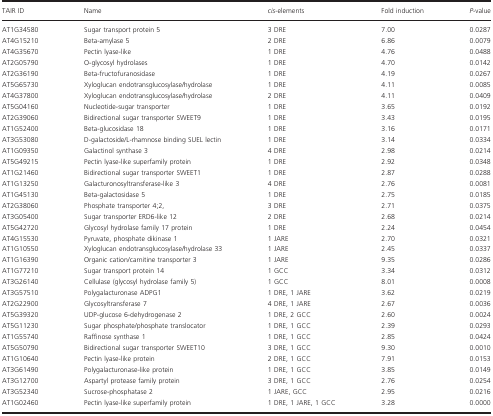
<table><thead><tr><td><b>TAIR ID</b></td><td><b>Name</b></td><td><b><i>cis</i>‐elements</b></td><td><b>Fold induction</b></td><td><b><i>P</i>‐value</b></td></tr></thead><tbody><tr><td>AT1G34580</td><td>Sugar transport protein 5</td><td>3 DRE</td><td>7.00</td><td>0.0287</td></tr><tr><td>AT4G15210</td><td>Beta‐amylase 5 </td><td>2 DRE</td><td>6.86</td><td>0.0079</td></tr><tr><td>AT4G35670</td><td>Pectin lyase‐like</td><td>1 DRE</td><td>4.76</td><td>0.0488</td></tr><tr><td>AT2G05790</td><td>O‐glycosyl hydrolases </td><td>1 DRE</td><td>4.70</td><td>0.0142</td></tr><tr><td>AT2G36190</td><td>Beta‐fructofuranosidase</td><td>1 DRE</td><td>4.19</td><td>0.0267</td></tr><tr><td>AT5G65730</td><td>Xyloglucan endotransglucosylase/hydrolase </td><td>1 DRE</td><td>4.11</td><td>0.0085</td></tr><tr><td>AT4G37800</td><td>Xyloglucan endotransglucosylase/hydrolase </td><td>2 DRE</td><td>4.11</td><td>0.0409</td></tr><tr><td>AT5G04160</td><td>Nucleotide‐sugar transporter</td><td>1 DRE</td><td>3.65</td><td>0.0192</td></tr><tr><td>AT2G39060</td><td>Bidirectional sugar transporter SWEET9</td><td>1 DRE</td><td>3.43</td><td>0.0195</td></tr><tr><td>AT1G52400</td><td>Beta‐glucosidase 18 </td><td>1 DRE</td><td>3.16</td><td>0.0171</td></tr><tr><td>AT3G53080</td><td>D‐galactoside/L‐rhamnose binding SUEL lectin</td><td>1 DRE</td><td>3.14</td><td>0.0334</td></tr><tr><td>AT1G09350</td><td>Galactinol synthase 3 </td><td>4 DRE</td><td>2.98</td><td>0.0214</td></tr><tr><td>AT5G49215</td><td>Pectin lyase‐like superfamily protein </td><td>1 DRE</td><td>2.92</td><td>0.0348</td></tr><tr><td>AT1G21460</td><td>Bidirectional sugar transporter SWEET1 </td><td>1 DRE</td><td>2.87</td><td>0.0288</td></tr><tr><td>AT1G13250</td><td>Galacturonosyltransferase‐like 3 </td><td>4 DRE</td><td>2.76</td><td>0.0081</td></tr><tr><td>AT1G45130</td><td>Beta‐galactosidase 5 </td><td>1 DRE</td><td>2.75</td><td>0.0185</td></tr><tr><td>AT2G38060</td><td>Phosphate transporter 4;2,</td><td>3 DRE</td><td>2.71</td><td>0.0375</td></tr><tr><td>AT3G05400</td><td>Sugar transporter ERD6‐like 12 </td><td>2 DRE</td><td>2.68</td><td>0.0214</td></tr><tr><td>AT5G42720</td><td>Glycosyl hydrolase family 17 protein</td><td>1 DRE</td><td>2.24</td><td>0.0454</td></tr><tr><td>AT4G15530</td><td>Pyruvate, phosphate dikinase 1 </td><td>1 JARE</td><td>2.70</td><td>0.0321</td></tr><tr><td>AT1G10550</td><td>Xyloglucan endotransglucosylase/hydrolase 33</td><td>1 JARE</td><td>2.45</td><td>0.0337</td></tr><tr><td>AT1G16390</td><td>Organic cation/carnitine transporter 3 </td><td>1 JARE</td><td>9.35</td><td>0.0286</td></tr><tr><td>AT1G77210</td><td>Sugar transport protein 14 </td><td>1 GCC</td><td>3.34</td><td>0.0312</td></tr><tr><td>AT3G26140</td><td>Cellulase (glycosyl hydrolase family 5) </td><td>1 GCC</td><td>8.01</td><td>0.0008</td></tr><tr><td>AT3G57510</td><td>Polygalacturonase ADPG1 </td><td>1 DRE, 1 JARE</td><td>3.62</td><td>0.0219</td></tr><tr><td>AT2G22900</td><td>Glycosyltransferase 7</td><td>4 DRE, 1 JARE</td><td>2.67</td><td>0.0036</td></tr><tr><td>AT5G39320</td><td>UDP‐glucose 6‐dehydrogenase 2 </td><td>1 DRE, 2 GCC</td><td>2.60</td><td>0.0024</td></tr><tr><td>AT5G11230</td><td>Sugar phosphate/phosphate translocator</td><td>1 DRE, 1 GCC</td><td>2.39</td><td>0.0293</td></tr><tr><td>AT1G55740</td><td>Raffinose synthase 1</td><td>1 DRE, 1 GCC</td><td>2.85</td><td>0.0424</td></tr><tr><td>AT5G50790</td><td>Bidirectional sugar transporter SWEET10</td><td>3 DRE, 1 GCC</td><td>9.30</td><td>0.0010</td></tr><tr><td>AT1G10640</td><td>Pectin lyase‐like protein </td><td>2 DRE, 1 GCC</td><td>7.91</td><td>0.0153</td></tr><tr><td>AT3G61490</td><td>Polygalacturonase‐like protein </td><td>1 DRE, 1 GCC</td><td>3.85</td><td>0.0149</td></tr><tr><td>AT3G12700</td><td>Aspartyl protease family protein </td><td>3 DRE, 1 GCC</td><td>2.76</td><td>0.0254</td></tr><tr><td>AT3G52340</td><td>Sucrose‐phosphatase 2 </td><td>1 JARE, GCC</td><td>2.95</td><td>0.0216</td></tr><tr><td>AT1G02460</td><td>Pectin lyase‐like superfamily protein</td><td>1 DRE, 1 JARE, 1 GCC</td><td>3.28</td><td>0.0000</td></tr></tbody></table>